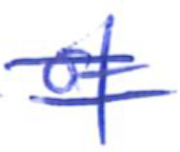
Text: of
Cross-out: double-line
Writing tool: ballpoint